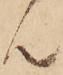
ん